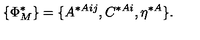
\{ \Phi _ { M } ^ { * } \} = \{ A ^ { * A i j } , C ^ { * A i } , \eta ^ { * A } \} .